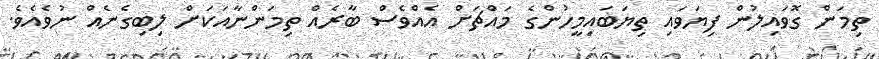
ތިމަން ގޮވައިލުން ފިޔަވައި ތިޔަބައިމީހުންގެ މައްޗަށް އެއްވެސް ބާރެއް ތިމަންނާއަކަށް ލިބިގެނެއް ނުވެއެވެ.